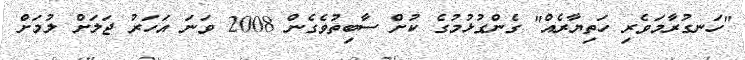
"ހަނގުރާމަވެރި ހަތިޔާރެއް" ގެންގުޅުމުގެ ކުށް ސާބިތުވެގެން 2008 ވަނަ އަހަރު ޖަލަށް ލުމަށް